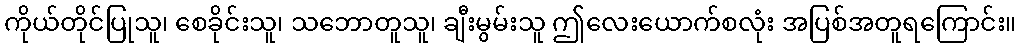
ကိုယ်တိုင်ပြုသူ၊ စေခိုင်းသူ၊ သဘောတူသူ၊ ချီးမွမ်းသူ ဤလေးယောက်စလုံး အပြစ်အတူရကြောင်း။